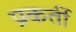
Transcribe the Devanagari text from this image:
प्रकर्ती